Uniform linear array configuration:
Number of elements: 24
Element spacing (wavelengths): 0.5
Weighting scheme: uniform
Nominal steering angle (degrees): -15
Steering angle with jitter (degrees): -15.397
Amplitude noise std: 0.05
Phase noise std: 0.05

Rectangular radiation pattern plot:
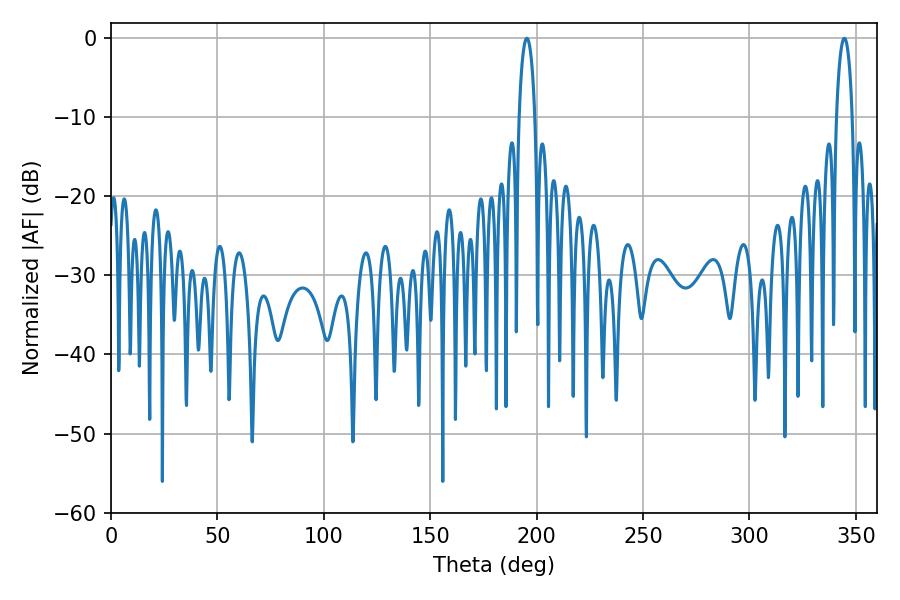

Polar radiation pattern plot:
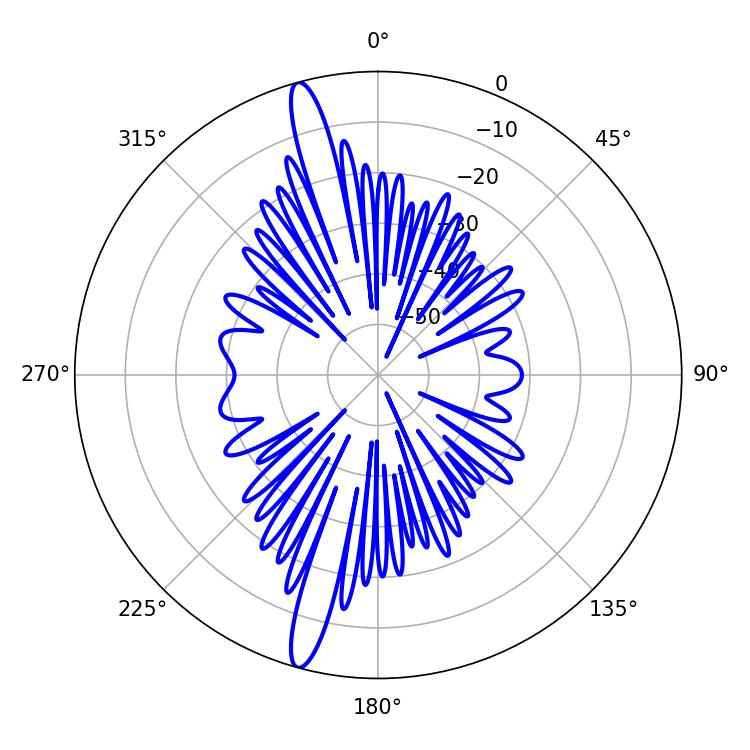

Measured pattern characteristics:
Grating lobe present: FALSE
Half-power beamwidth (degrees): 4.14
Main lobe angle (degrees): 195.48